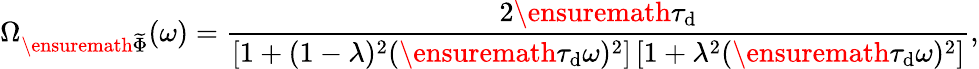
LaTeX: \Omega_{\ensuremath{\widetilde{\Phi}}}(\omega)=\frac{2\ensuremath{\tau_{\mathrm{d}}}}{\left[1+(1-\lambda)^{2}(\ensuremath{\tau_{\mathrm{d}}}\omega)^{2}\right]\left[1+\lambda^{2}(\ensuremath{\tau_{\mathrm{d}}}\omega)^{2}\right]},